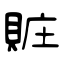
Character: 賍